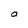
Character: O